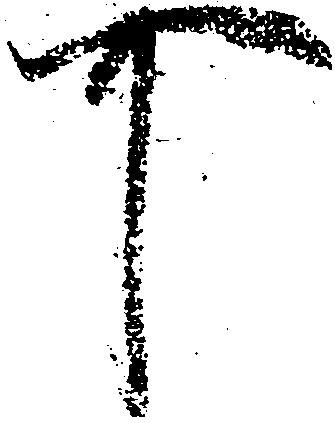
可